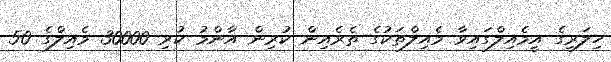
ހިލަރީގެ އީމެއިލްގައިވާ މެއިލްތަކުގެ ތެރެއިން ކުރިން އާންމު ކުރި 30000 މެއިލްގެ 50